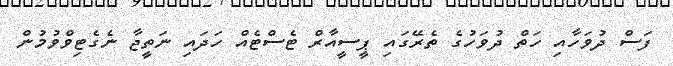
ފަސް ދުވަހާއި ހަތް ދުވަހުގެ ތެރޭގައި ޕީސީއާރް ޓެސްޓެއް ހަދައި ނަތީޖާ ނެގެޓިވްވުމުން